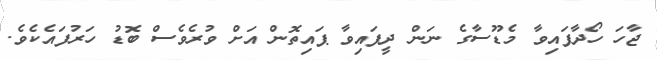
ޖާހަ ހޯދާފައިވާ މެޑޫސާގެ ނަން ދީފައިވާ ޕައިތޮން އަށް ވުރެވެސް ބޮޑު ހަރުފައެކެވެ.